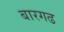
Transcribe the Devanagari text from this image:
बारगढ